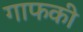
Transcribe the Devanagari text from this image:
गाफकी